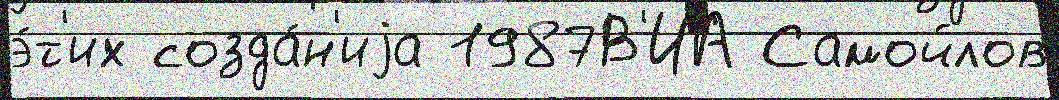
э́т'их созда́н'иjа 1987В'ИА Самойлов